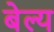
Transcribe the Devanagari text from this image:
बेल्य